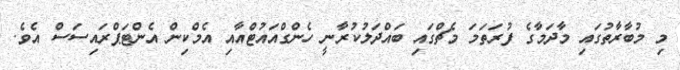
މި މުބާރާތުގައި މާދަމާގެ ފުރަތަމަ މެޗްގައި ބައްދަލުކުރާނީ ހެންގްއައުޓްއާއި އެމްކިން އެންޓަޕްރައިސަސް އެވެ.